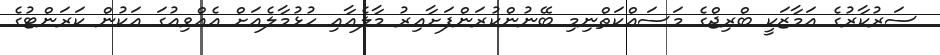
ސަރުކާރުގެ އަމާޒަކީ ބްރިޖްގެ މަސައްކަތްނިމި ބޭނުންކުރަންފަށާއިރު މާލެއާއި ހުޅުމާލެއަށް އެއްވިއުގަ އަކުން ކަރަންޓުގެ